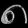
Digit: ၈